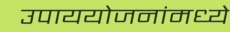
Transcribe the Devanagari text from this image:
उपाययोजनांमध्ये